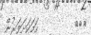
١١٥         ހަމަކަށަވަރުން